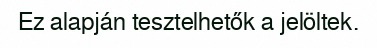
Ez alapján tesztelhetők a jelöltek.